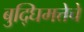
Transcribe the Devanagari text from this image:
बुद्घिमत्तेचे